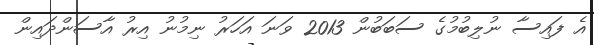
އެ ފައިސާ ނުލިބުމުގެ ސަބަބުން 2013 ވަނަ އަހަރު ނިމުނު އިރު އާސަންދައިން